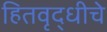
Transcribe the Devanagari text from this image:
हितवृद्धीचे